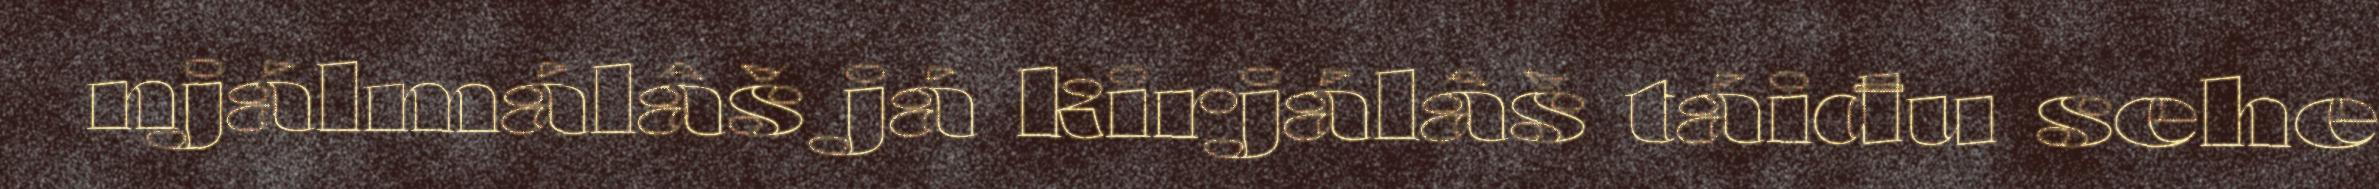
njálmálâš já kirjálâš táiđu sehe